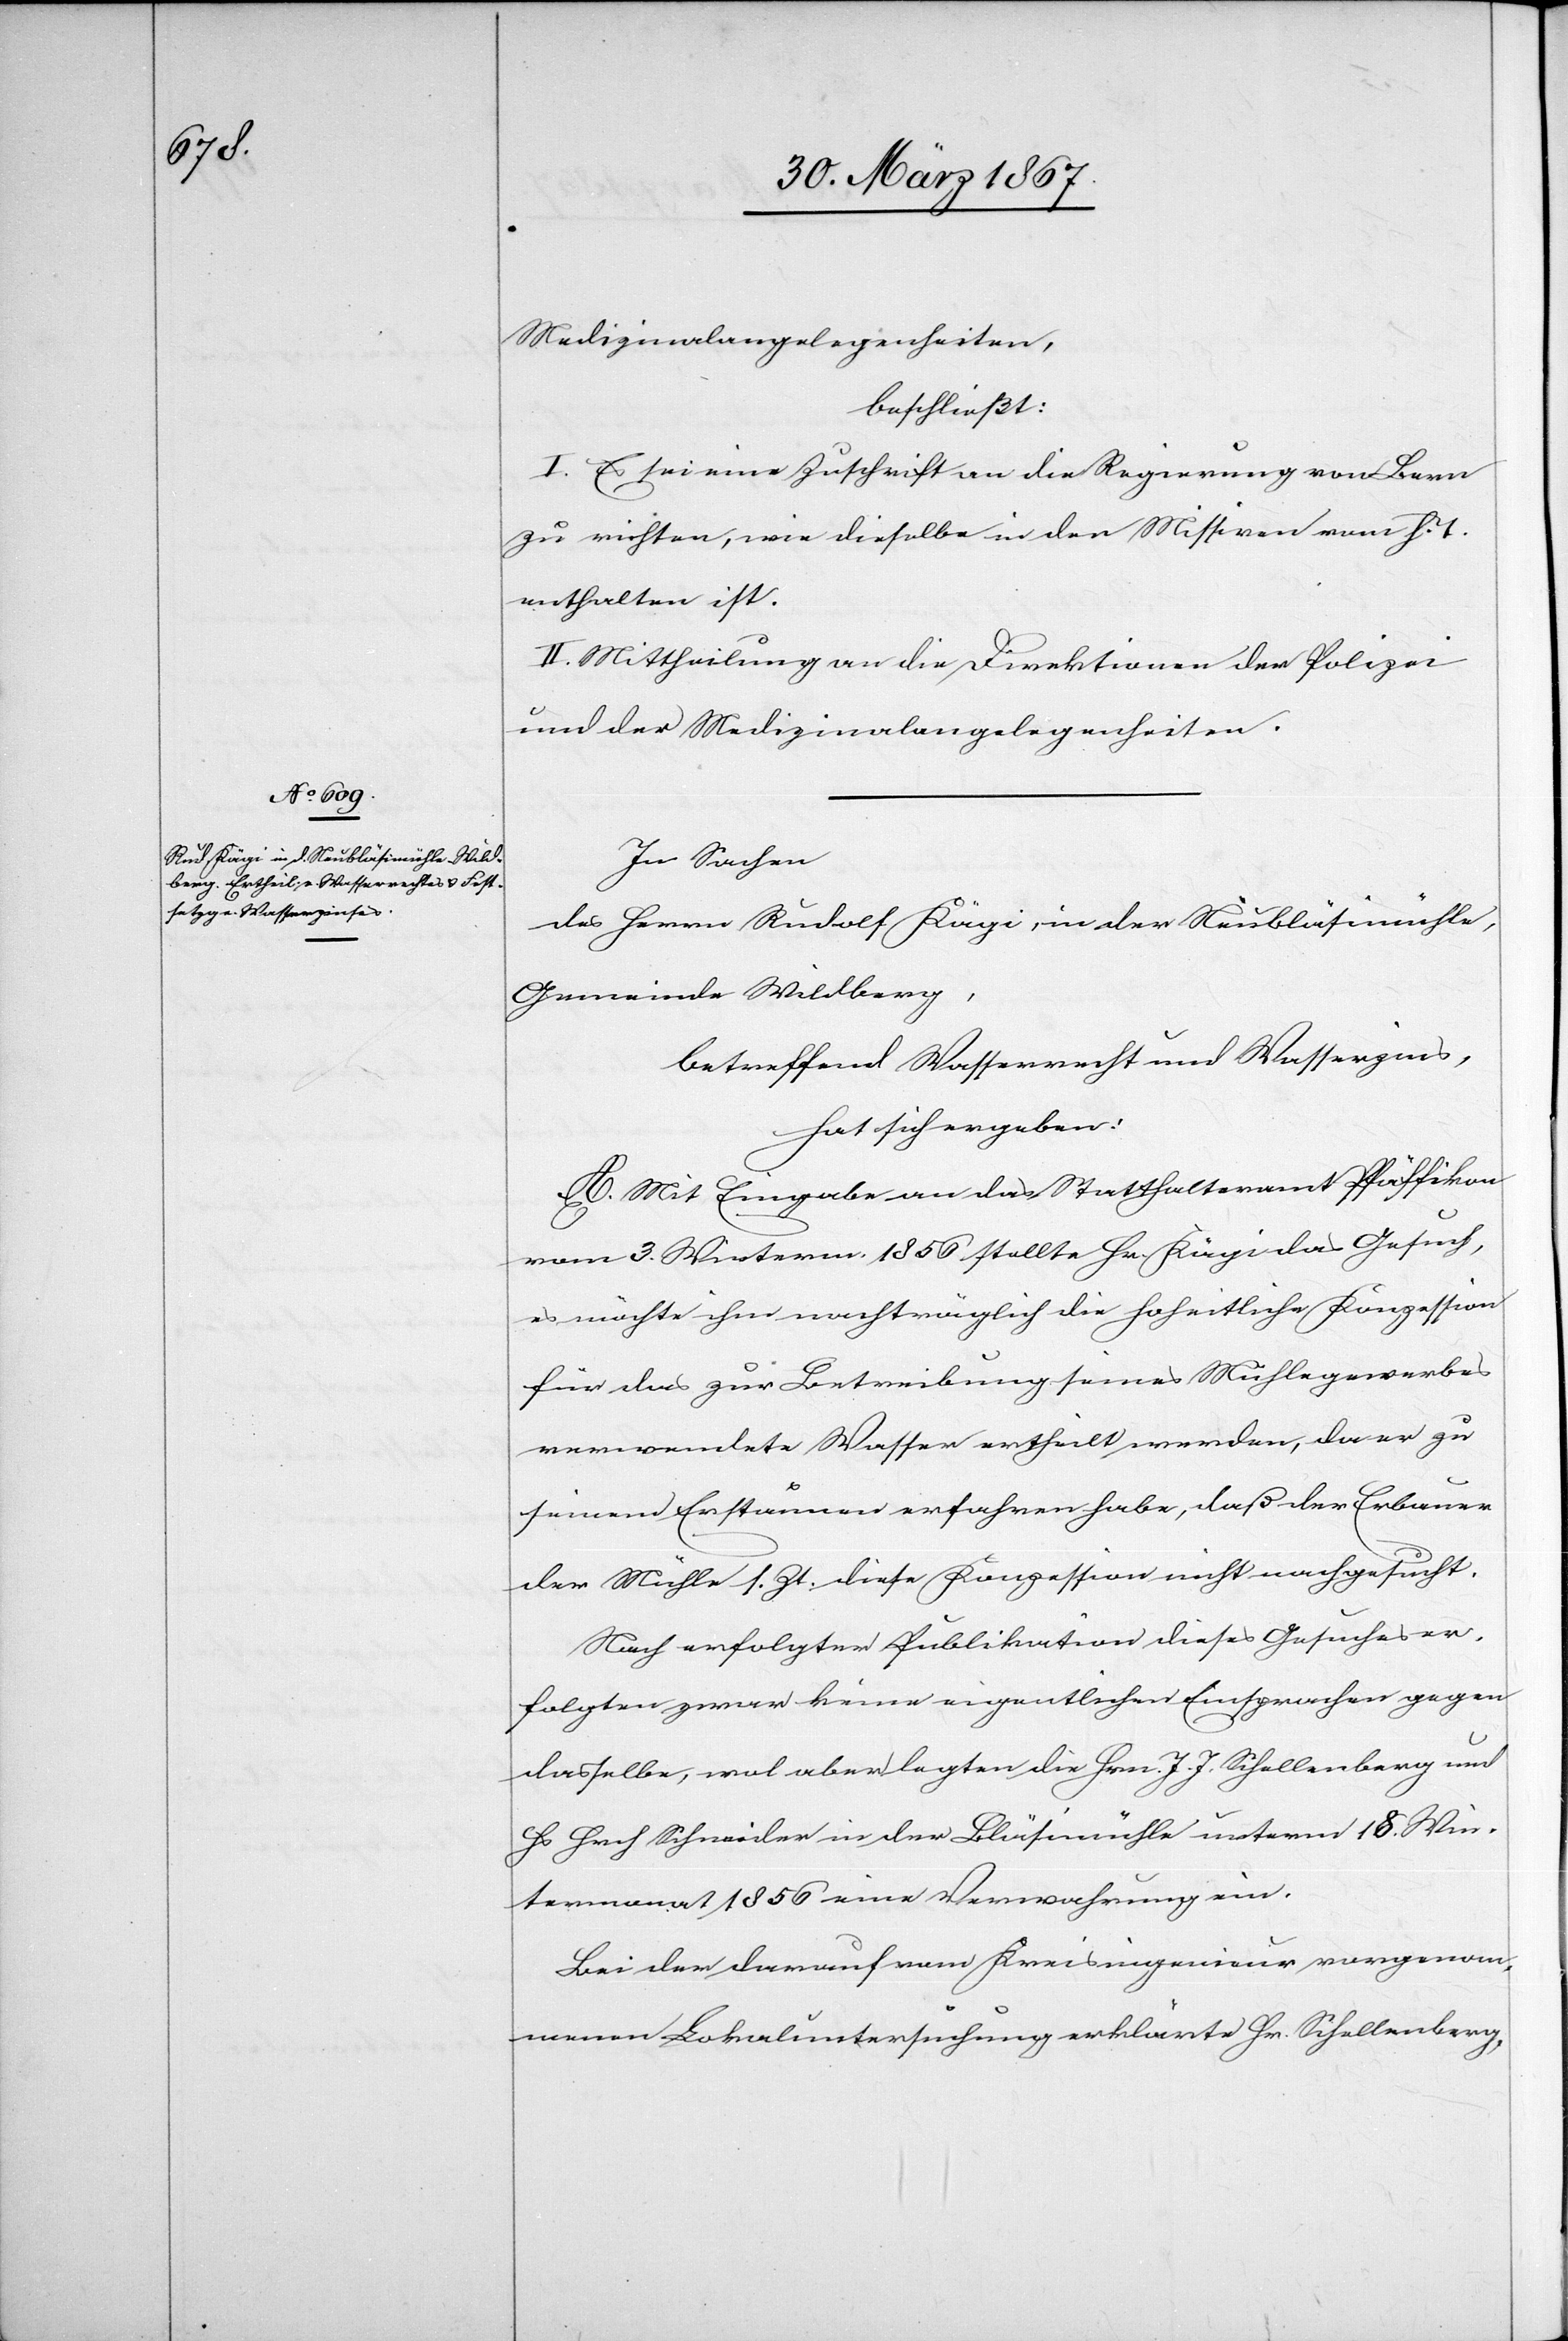
Medizinalangelegenheiten,
beschließt:
I. Es sei eine Zuschrift an die Regierung von Bern
zu richten, wie dieselbe in den Missiven vom h. T.
enthalten ist.
II. Mittheilung an die Direktionen der Polizei
und der Medizinalangelegenheiten.
In Sachen
des Herrn Rudolf Kägi, in der Neubläsimühle,
Gemeinde Wildberg,
betreffend Wasserrecht und Wasserzins,
hat sich ergeben:
A. Mit Eingabe an das Statthalteramt Pfäffikon
vom 3. Winterm. 1856 stellte Hr. Kägi das Gesuch,
es möchte ihm nachträglich die hoheitliche Konzession
für das zur Betreibung seines Mühlegewerbes
verwendete Wasser ertheilt werden, da er zu
seinem Erstaunen erfahren habe, daß der Erbauer
der Mühle s. Zt. diese Konzession nicht nachgesucht.
Nach erfolgter Publikation dieses Gesuches er¬
folgten zwar keine eigentlichen Einsprachen gegen
dasselbe, wol aber legten die Hrn. J. J. Schellenberg und
Hs Hrch Schneider in der Bläsimühle unterm 18. Win¬
termonat 1856 eine Verwahrung ein.
Bei der darauf vom Kreisingenieur vorgenom¬
menen Lokaluntersuchung erklärte Hr. Schellenberg,